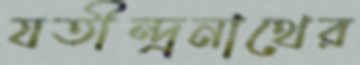
যতীন্দ্রনাথের